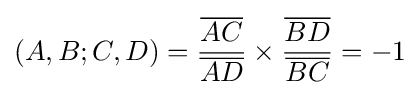
(A,B;C,D)={\frac {\overline {AC}}{\overline {AD}}}\times {\frac {\overline {BD}}{\overline {BC}}}=-1